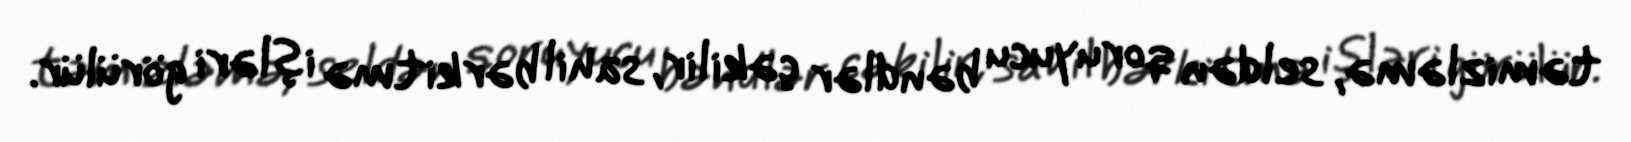
təmizləmə, seldən qoruyucu bəndlər çəkilir, sahil bərkitmə işləri görülür.